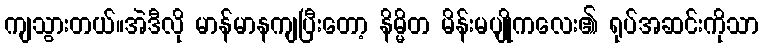
ကျသွားတယ်။အဲဒီလို မာန်မာနကျပြီးတော့ နိမ္မိတ မိန်းမပျိုကလေး၏ ရုပ်အဆင်းကိုသာ